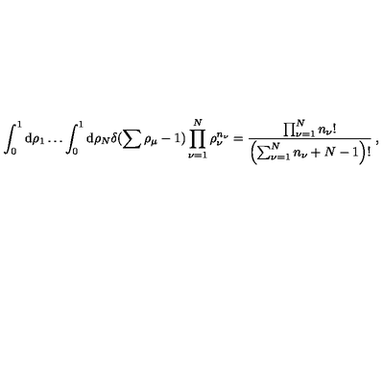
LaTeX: \int _ { 0 } ^ { 1 } \mathrm { d } \rho _ { 1 } \ldots \int _ { 0 } ^ { 1 } \mathrm { d } \rho _ { N } \delta ( \sum \rho _ { \mu } - 1 ) \prod _ { \nu = 1 } ^ { N } \rho _ { \nu } ^ { n _ { \nu } } = \frac { \prod _ { \nu = 1 } ^ { N } n _ { \nu } ! } { \left( \sum _ { \nu = 1 } ^ { N } n _ { \nu } + N - 1 \right) ! } \: ,